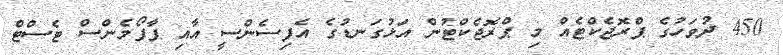
450 ދުވަހުގެ ޕްރޮޖެކްޓެއް މި ޕްރޮޖެކްޓުން އަޅުގަނޑުގެ އެފިސެންސީ އާއި ޕާފޯމެންސް ޓެސްޓް